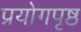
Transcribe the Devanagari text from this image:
प्रयोगपृष्ठ